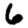
Digit: 6